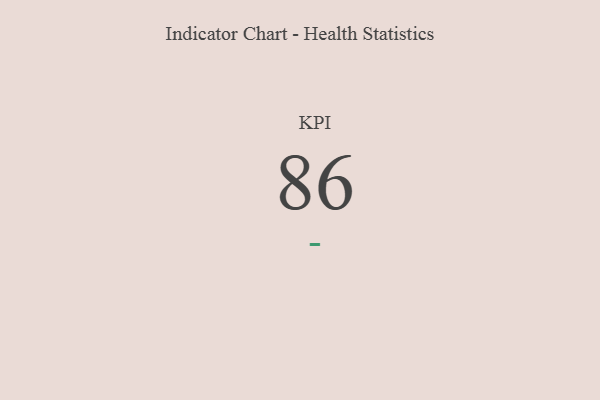
{"axis": {"x": "KPI", "y": "Value"}, "legend": [""], "data": [{"x": "KPI", "y": 86, "type": ""}]}